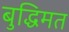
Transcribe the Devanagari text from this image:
बुद्धिमत